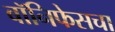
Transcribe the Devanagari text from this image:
बॉनिफेसचा